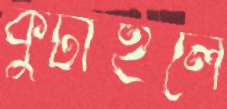
কুটাইলে